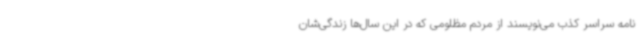
نامه سراسر کذب می‌نویسند از مردم مظلومی که در این سال‌ها زندگی‌شان